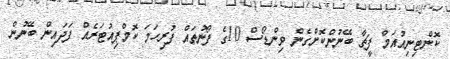
ކޮންޓިނިއުއަމް ފީޗާ ބޭނުންކޮށްގެން ވިންޑޯސް 10ގެ ފޯނުތައް ފުރިހަމަ ކޮމްޕިއުޓަރެއް ފަދައިން ބޭނުން